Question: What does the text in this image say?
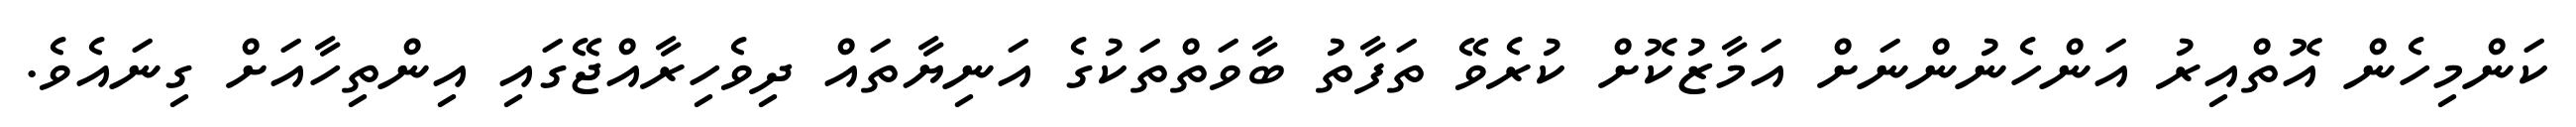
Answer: ކަންމިހެން އޮތްއިރު އަންހެނުންނަށް އަމާޒުކޮށް ކުރެވޭ ތަފާތު ބާވަތްތަކުގެ އަނިޔާތައް ދިވެހިރާއްޖޭގައި އިންތިހާއަށް ގިނައެވެ.